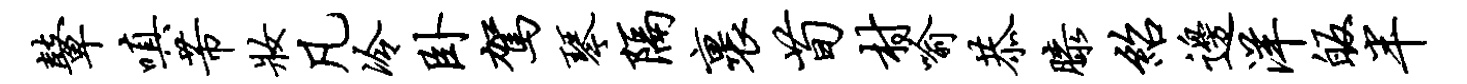
鼙嗔芾妆凡冷卧驾琴隔裹荀村喻恭膝绍边洋皈半